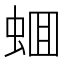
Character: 蜖